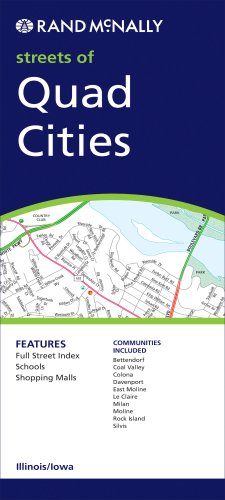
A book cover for Rand McNally Streets of Quad Cities Illinois/ Iowa (Rand McNally Folded Map: Cities); M. A. Jones; Travel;